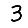
Digit: 3